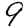
Digit: 9